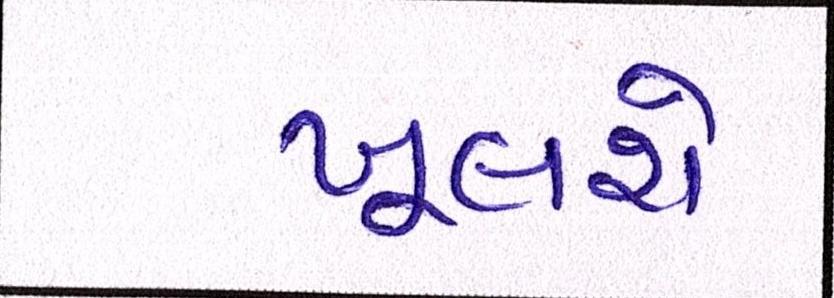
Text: ખૂલશે